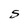
Character: S